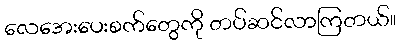
လေအေးပေးစက်တွေကို တပ်ဆင်လာကြတယ်။